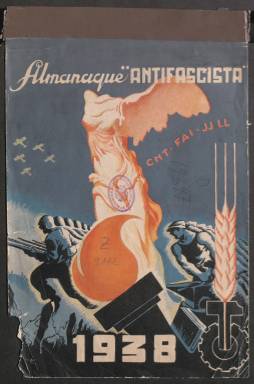
Título: Almanaque "antifascista"
Colección: Almanaques || Anarquismo || Socialismo || Guerra civil
Ámbito geográfico: Barcelona
Lugar de publicación: Barcelona
Fechas: 01/01/1938-31/12/1938